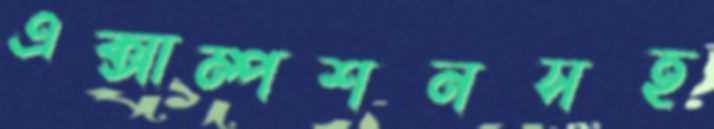
এক্সাম্পশনসহ